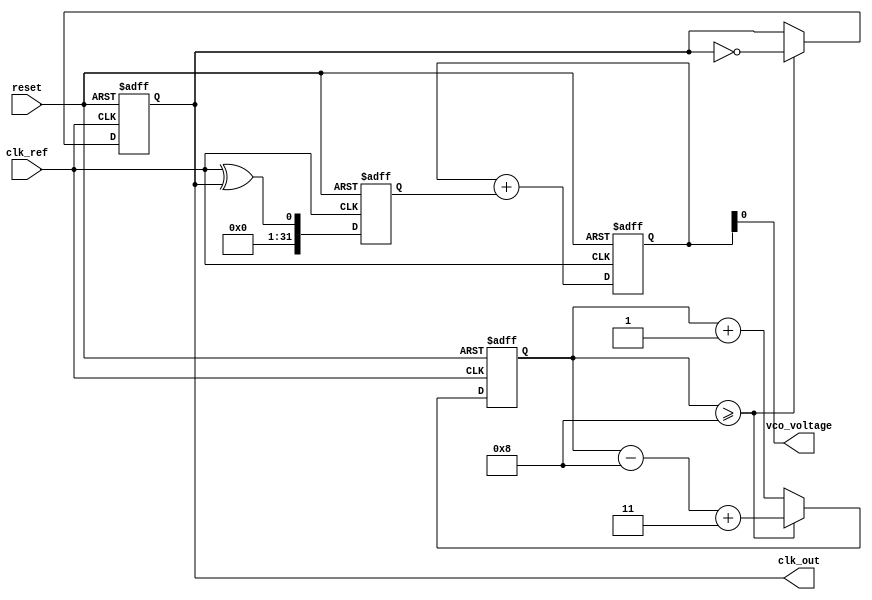
module fractional_PLL (
    input wire clk_ref,     // Reference clock input
    input wire reset,       // Reset signal
    output wire clk_out,    // Output clock signal
    output wire vco_voltage  // Control voltage for VCO
);

// Parameters for the design
parameter DIVISOR = 8;        // Integer part of the division
parameter FRACTIONAL = 3;     // Fractional part of the division (1/8 in this case)
parameter VCO_MAX_FREQ = 100; // Max VCO frequency
parameter VCO_MIN_FREQ = 10;  // Min VCO frequency

// Internal signals
reg [31:0] phase_error;        // Error signal from Phase Detector
reg [31:0] filter_output;      // Output from Loop Filter
reg [31:0] vco_freq;           // Current frequency of the VCO
reg [31:0] divider_count;      // Count for fractional divider
reg clk_feedback;              // Feedback clock from VCO

// Phase Detector (PD) - Simple XOR for illustration
always @(posedge clk_ref or posedge reset) begin
    if (reset) begin
        phase_error <= 0;
    end else begin
        phase_error <= clk_ref ^ clk_feedback; // Simple phase comparison
    end
end

// Loop Filter (LF) - Simple integrator
always @(posedge clk_ref or posedge reset) begin
    if (reset) begin
        filter_output <= 0;
    end else begin
        filter_output <= filter_output + phase_error; // Integrate error
    end
end

// Voltage-Controlled Oscillator (VCO)
always @(posedge clk_ref or posedge reset) begin
    if (reset) begin
        vco_freq <= VCO_MIN_FREQ;
    end else begin
        // Control the frequency based on the filter output
        vco_freq <= filter_output % (VCO_MAX_FREQ - VCO_MIN_FREQ) + VCO_MIN_FREQ;
    end
end

// Fractional Divider
always @(posedge clk_ref or posedge reset) begin
    if (reset) begin
        divider_count <= 0;
        clk_feedback <= 0;
    end else begin
        divider_count <= divider_count + 1;
        
        // Toggle feedback clock based on fractional division
        if (divider_count >= DIVISOR) begin
            clk_feedback <= ~clk_feedback;
            divider_count <= divider_count - DIVISOR + FRACTIONAL; // Adjust for fractional
        end
    end
end

// Assign output clock
assign clk_out = clk_feedback;

// Assign control voltage (for illustration)
assign vco_voltage = filter_output[7:0]; // Simplified control voltage

endmodule